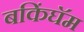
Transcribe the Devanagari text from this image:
बकिंघॅम